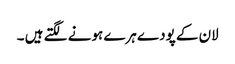
لان کے پودے ہرے ہونے لگتے ہیں ۔